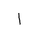
Letter: _alif